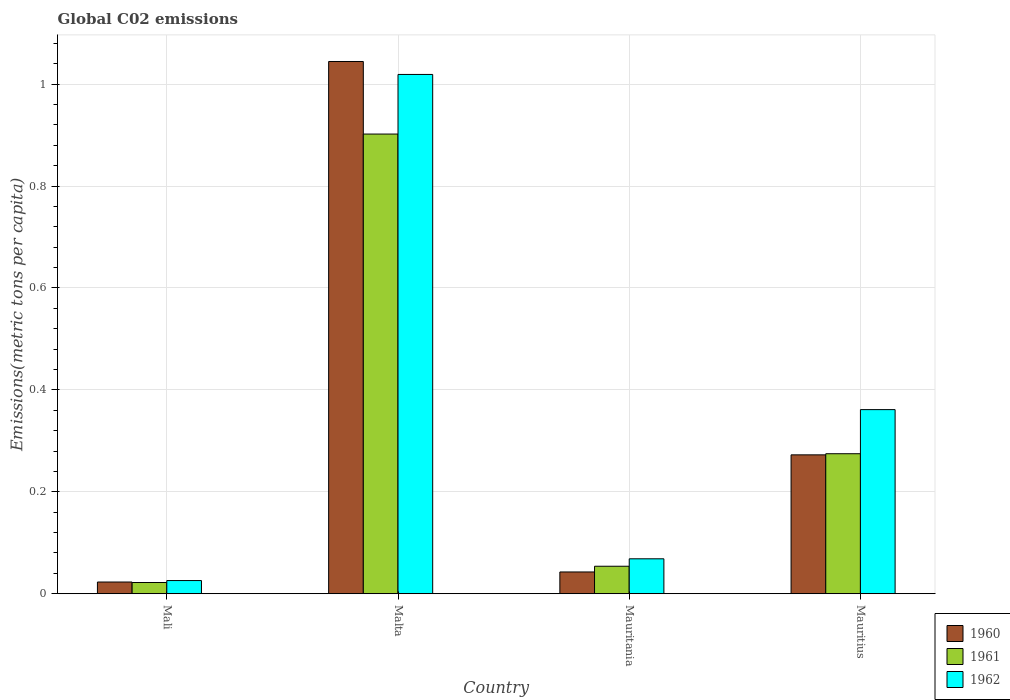
| Country | 1960 | 1961 | 1962 |
 | --- | --- | --- | --- |
 | Mali | 0.023 | 0.022 | 0.0259 |
 | Malta | 1.04 | 0.902 | 1.02 |
 | Mauritania | 0.0427 | 0.054 | 0.0686 |
 | Mauritius | 0.273 | 0.275 | 0.361 |